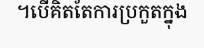
។បើគិតតែការប្រកួតក្នុង